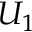
U _ { 1 }